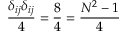
{ \frac { \delta _ { i j } \delta _ { i j } } { 4 } } = \frac 8 4 = { \frac { N ^ { 2 } - 1 } { 4 } }